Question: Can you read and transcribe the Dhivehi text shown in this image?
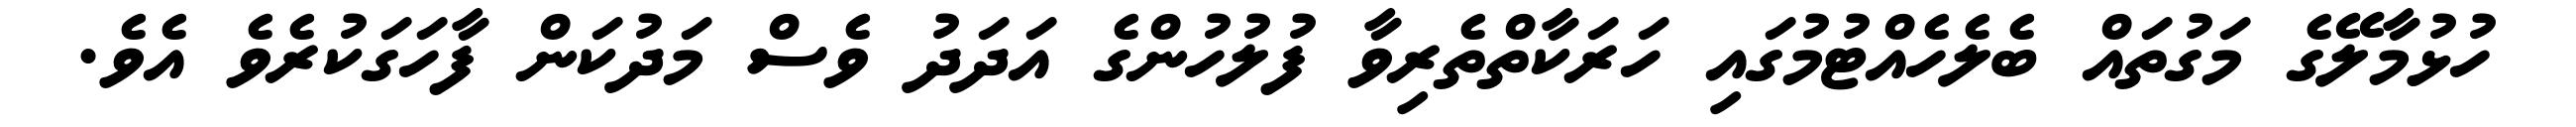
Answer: ހުޅުމާލޭގެ މަގުތައް ބެލެހެއްޓުމުގައި ހަރަކާތްތެރިވާ ފުލުހުންގެ އަދަދު ވެސް މަދުކަން ފާހަގަކުރެވެ އެވެ.